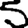
Digit: 5